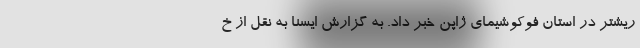
ریشتر در استان فوکوشیمای ژاپن خبر داد. به گزارش ایسنا به نقل از خ